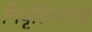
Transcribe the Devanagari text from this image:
निवृतिरात्मा